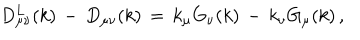
D _ { \mu \nu } ^ { L } ( k ) \, - \, D _ { \mu \nu } ( k ) \, = \, k _ { \mu } G _ { \nu } ( k ) \, - \, k _ { \nu } G _ { \mu } ( k ) \, ,